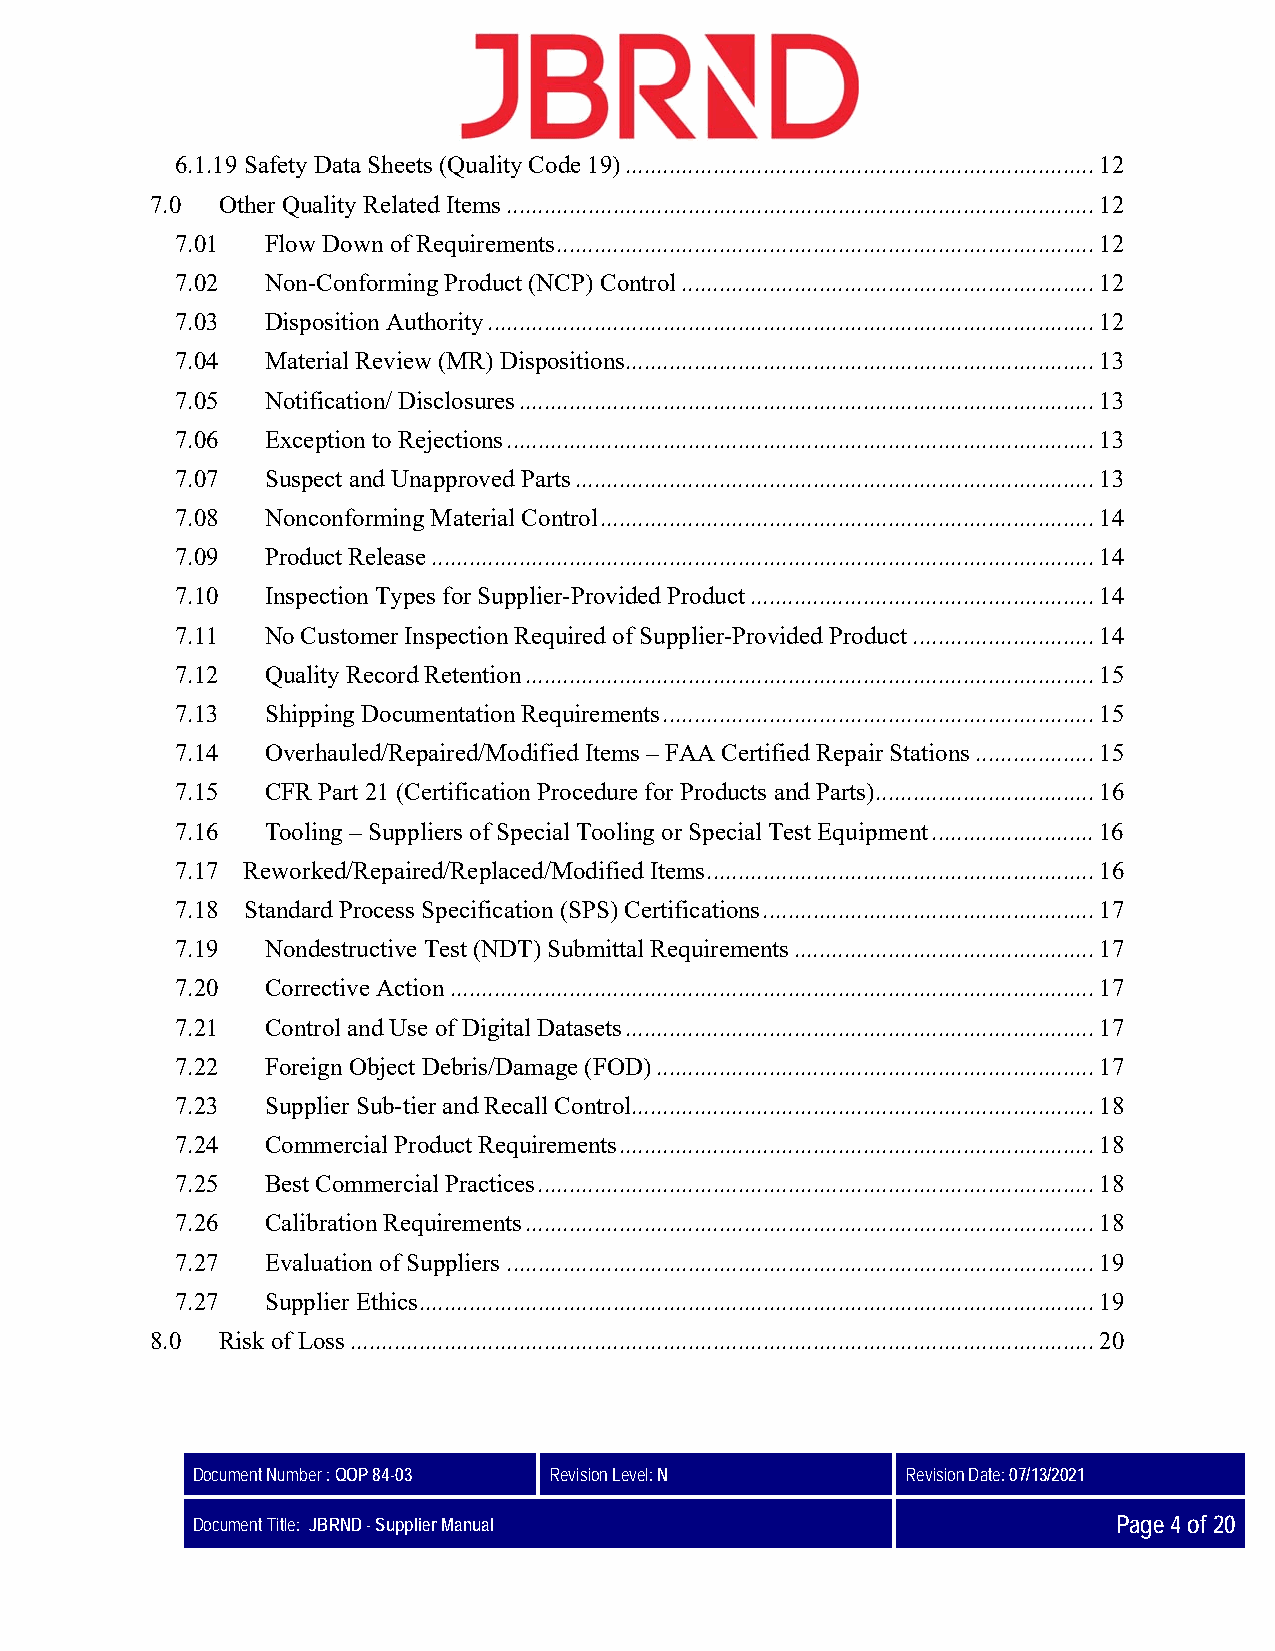
6.1.19 Safety Data Sheets (Quality Code 19) ........................................................................... 12
 7.0 Other Quality Related Items .............................................................................................. 12
 7.01  Flow Down of Requirements ...................................................................................... 12
 7.02  Non-Conforming Product (NCP) Control .................................................................. 12
 7.03  Disposition Authority ................................................................................................. 12
 7.04  Material Review (MR) Dispositions........................................................................... 13
 7.05  Notification/ Disclosures ............................................................................................ 13
 7.06  Exception to Rejections .............................................................................................. 13
 7.07  Suspect and Unapproved Parts ................................................................................... 13
 7.08  Nonconforming Material Control ............................................................................... 14
 7.09  Product Release .......................................................................................................... 14
 7.10  Inspection Types for Supplier-Provided Product ....................................................... 14
 7.11  No Customer Inspection Required of Supplier-Provided Product ............................. 14
 7.12  Quality Record Retention ........................................................................................... 15
 7.13  Shipping Documentation Requirements ..................................................................... 15
 7.14  Overhauled/Repaired/Modified Items – FAA Certified Repair Stations ................... 15
 7.15  CFR Part 21 (Certification Procedure for Products and Parts) ................................... 16
 7.16  Tooling – Suppliers of Special Tooling or Special Test Equipment .......................... 16
 7.17 Reworked/Repaired/Replaced/Modified Items .............................................................. 16
 7.18 Standard Process Specification (SPS) Certifications ..................................................... 17
 7.19  Nondestructive Test (NDT) Submittal Requirements ................................................ 17
 7.20  Corrective Action ....................................................................................................... 17
 7.21  Control and Use of Digital Datasets ........................................................................... 17
 7.22  Foreign Object Debris/Damage (FOD) ...................................................................... 17
 7.23  Supplier Sub-tier and Recall Control.......................................................................... 18
 7.24  Commercial Product Requirements ............................................................................ 18
 7.25  Best Commercial Practices ......................................................................................... 18
 7.26  Calibration Requirements ........................................................................................... 18
 7.27  Evaluation of Suppliers .............................................................................................. 19
 7.27  Supplier Ethics ............................................................................................................ 19
 8.0 Risk of Loss ....................................................................................................................... 20
 Document Number : QOP 84-03 Revision Level: N  Revision Date: 07/13/2021
 Document Title: JBRND - Supplier Manual                      Page 4 of 20